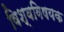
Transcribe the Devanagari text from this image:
विश्वविषयक